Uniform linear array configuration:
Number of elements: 64
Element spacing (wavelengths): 0.25
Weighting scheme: binomial
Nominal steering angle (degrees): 45
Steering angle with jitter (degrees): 43.156
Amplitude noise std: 0.05
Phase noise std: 0.05

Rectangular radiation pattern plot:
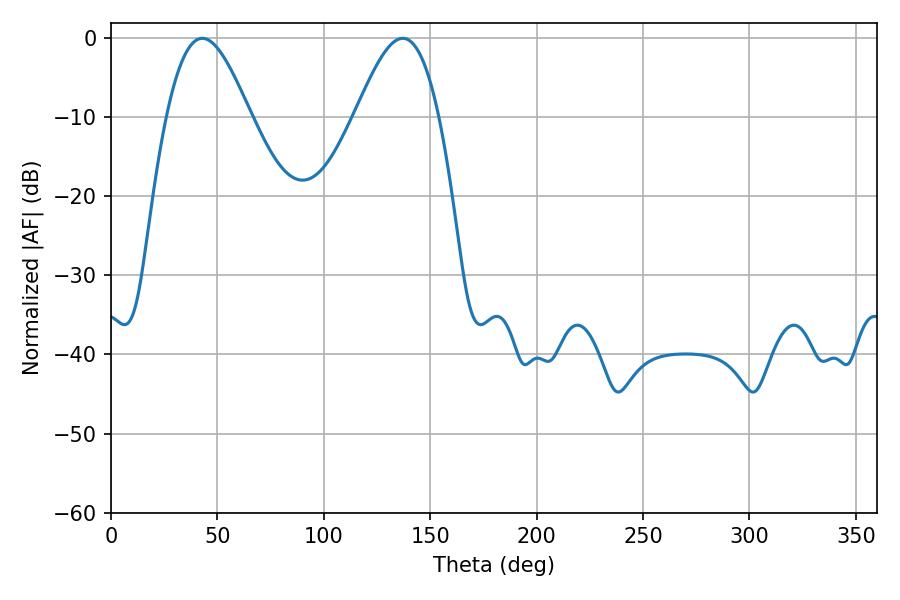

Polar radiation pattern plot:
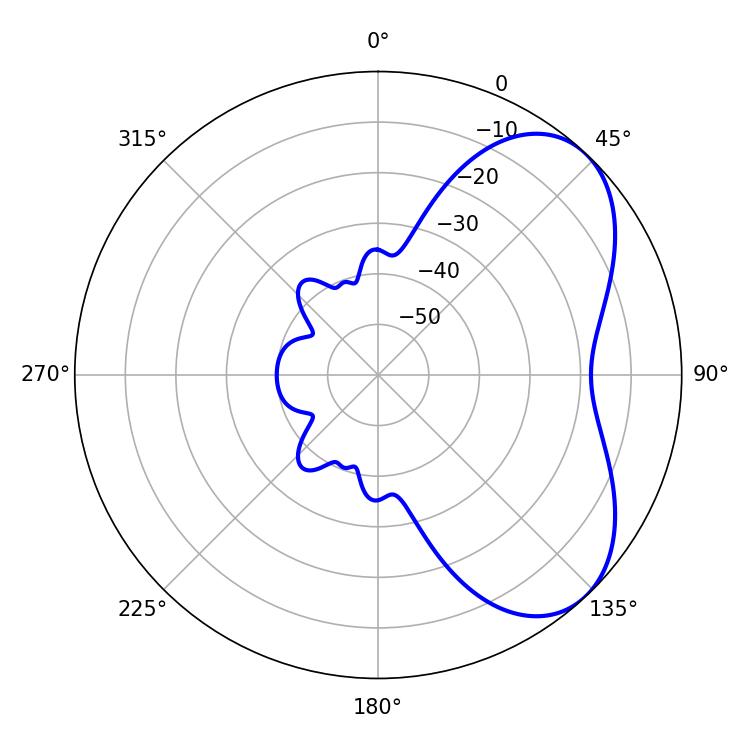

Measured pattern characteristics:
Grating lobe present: FALSE
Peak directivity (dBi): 5.427
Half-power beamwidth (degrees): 21.06
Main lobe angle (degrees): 42.84